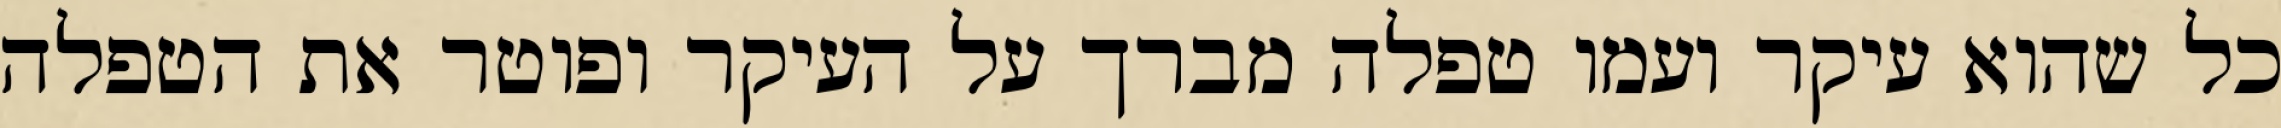
כל שהוא עיקר ועמו טפלה מברך על העיקר ופוטר את הטפלה